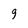
Character: 9